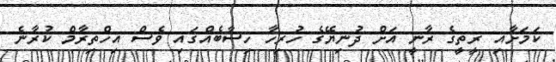
ކަމަށާއި ރީތީގެ ރާނީ އަށް ދުނިޔޭގެ ހުރިހާ ހިސާބެއްގައި ވެސް އިހްތިރާމް ކުރާނެ